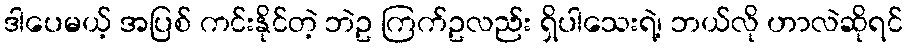
ဒါပေမယ့် အပြစ် ကင်းနိုင်တဲ့ ဘဲဥ ကြက်ဥလည်း ရှိပါသေးရဲ့၊ ဘယ်လို ဟာလဲဆိုရင်